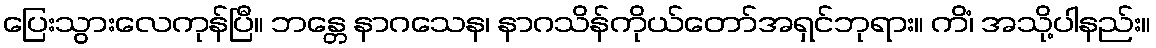
ပြေးသွားလေကုန်ပြီ။ ဘန္တေ နာဂသေန၊ နာဂသိန်ကိုယ်တော်အရှင်ဘုရား။ ကိံ၊ အသို့ပါနည်း။